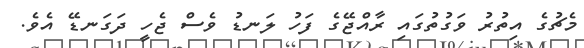
މެޗުގެ އިތުރު ވަގުތުގައި ރާއްޖޭގެ ފަހު ލަނޑު ވެސް ޖެހީ ދަގަނޑޭ އެވެ.